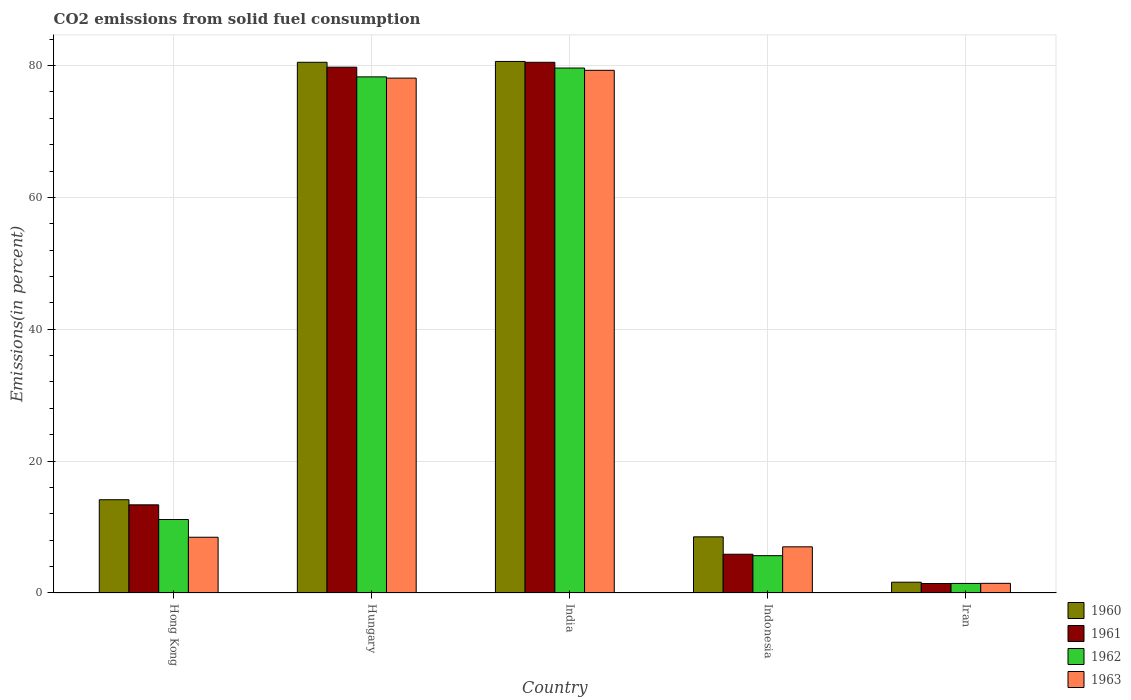
| Country | 1960 | 1961 | 1962 | 1963 |
 | --- | --- | --- | --- | --- |
 | Hong Kong | 14.1 | 13.4 | 11.1 | 8.46 |
 | Hungary | 80.5 | 79.7 | 78.3 | 78.1 |
 | India | 80.6 | 80.5 | 79.6 | 79.3 |
 | Indonesia | 8.51 | 5.88 | 5.66 | 7 |
 | Iran | 1.64 | 1.44 | 1.45 | 1.46 |